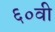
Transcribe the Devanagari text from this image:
६०वी